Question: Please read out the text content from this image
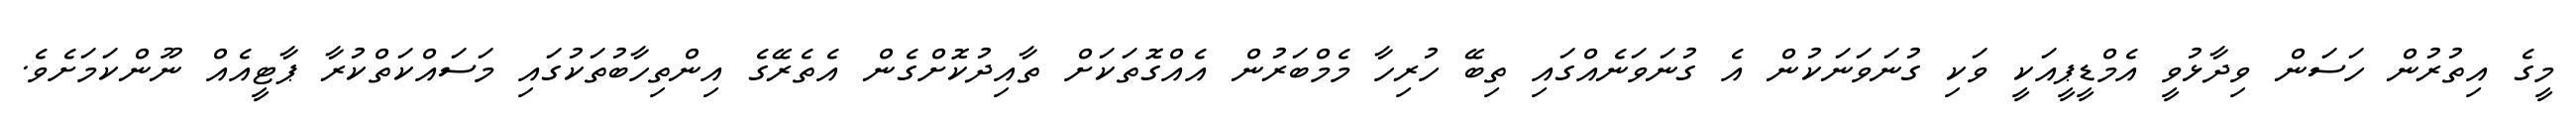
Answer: މީގެ އިތުރުން ހަސަން ވިދާޅުވީ އެމްޑީޕީއަކީ ވަކި ގުނަވަނަކުން އެ ގުނަވަނެއްގައި ތިބޭ ހުރިހާ މެމްބަރުން އެއްގޮތަކަށް ތާއިދުކޮށްގެން އެތެރޭގެ އިންތިހާބުތަކުގައި މަސައްކަތްކުރާ ޕާޓީއެއް ނޫންކަމަށެވެ.